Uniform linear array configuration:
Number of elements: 64
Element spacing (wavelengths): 1
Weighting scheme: blackman
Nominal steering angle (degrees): -15
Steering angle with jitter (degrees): -15.404
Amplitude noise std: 0.05
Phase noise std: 0.05

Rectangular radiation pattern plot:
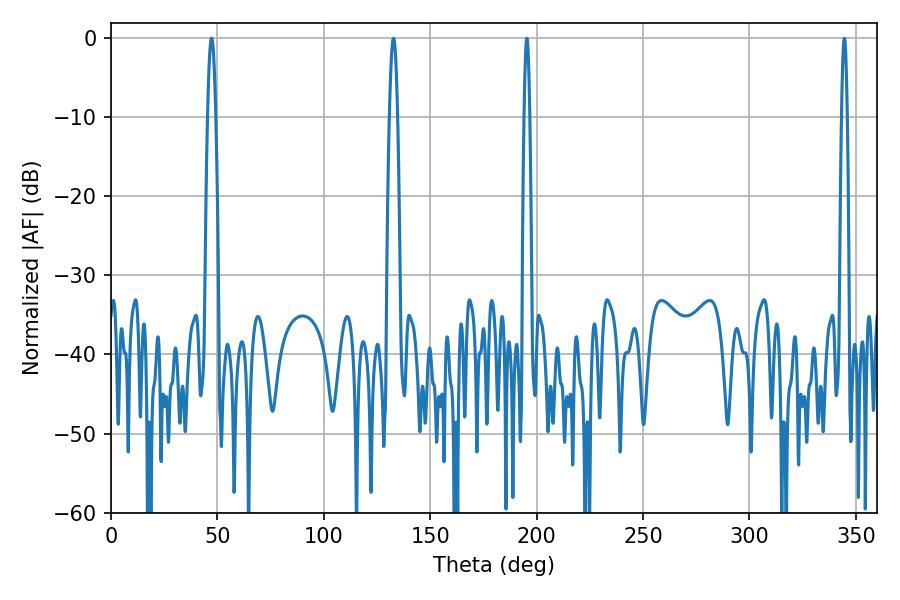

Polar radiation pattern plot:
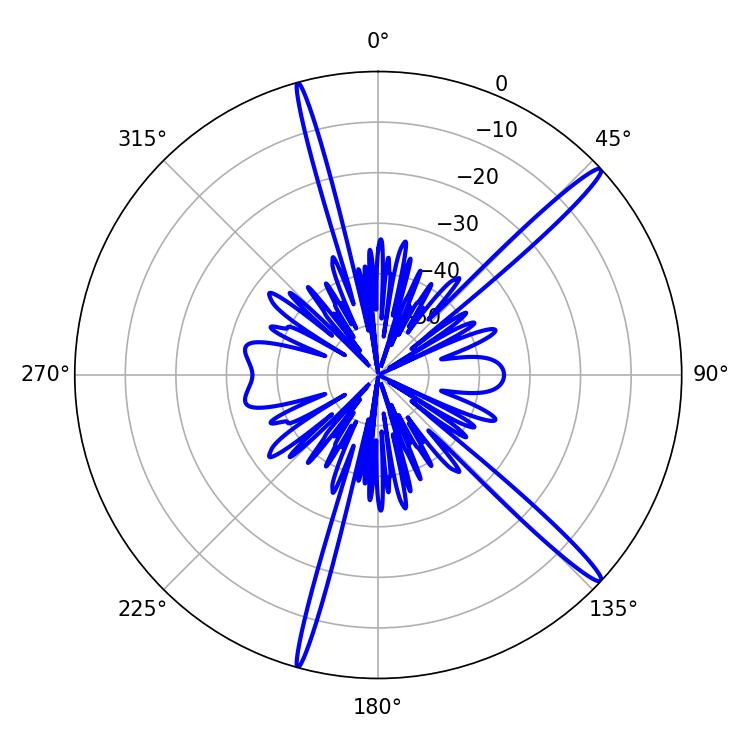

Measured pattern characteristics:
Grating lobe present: TRUE
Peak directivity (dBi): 16.538
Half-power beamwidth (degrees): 1.98
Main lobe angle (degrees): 132.66